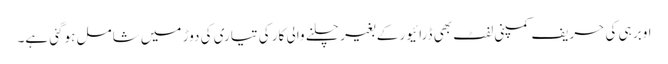
اوبر ہی کی حریف کمپنی لفٹ بھی ڈرائیور کے بغیر چلنے والی کار کی تیاری کی دوڑ میں شامل ہوگئی ہے۔